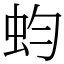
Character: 蚐